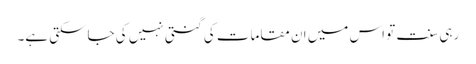
رہی سنت تو اس میں ان مقامات کی گنتی نہیں کی جاسکتی ہے۔